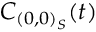
C _ { ( 0 , 0 ) _ { S } } ( t )